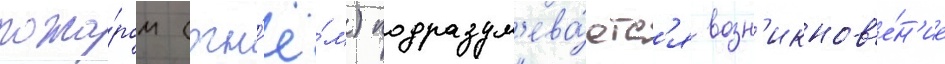
пожа́ром (огн'ё́м) подразум'ева́етс'я возн'икнов'е́н'ие